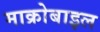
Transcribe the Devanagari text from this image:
माक्रोबाइल